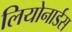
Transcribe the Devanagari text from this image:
लियोनार्डस